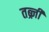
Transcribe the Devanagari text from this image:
तब्र्ज़ी